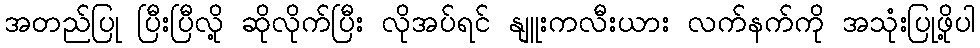
အတည်ပြု ပြီးပြီလို့ ဆိုလိုက်ပြီး လိုအပ်ရင် နျူးကလီးယား လက်နက်ကို အသုံးပြုဖို့ပါ